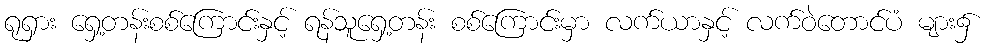
ရုရှား ရှေ့တန်းစစ်ကြောင်းနှင့် ရန်သူရှေ့တန်း စစ်ကြောင်းမှာ လက်ယာနှင့် လက်ဝဲတောင်ပံ များ၌